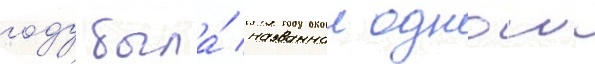
году была́ названнои однои